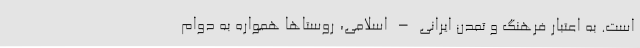
است. به اعتبار فرهنگ و تمدن ایرانی – اسلامی، روستاها همواره به دوام